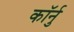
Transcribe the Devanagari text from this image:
कॉर्नु